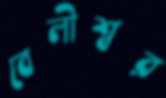
বেলীশ্বর